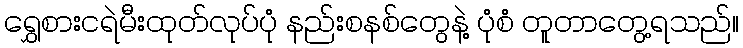
ရွှေစားငရဲမီးထုတ်လုပ်ပုံ နည်းစနစ်တွေနဲ့ ပုံစံ တူတာတွေ့ရသည်။